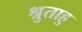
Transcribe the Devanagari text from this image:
श्रुताहु